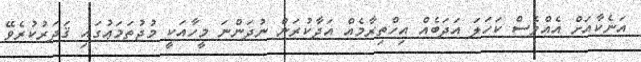
އަނެކާއަށް އެއްވެސް ކަހަލަ އަދަބެއް އިހްތިރާމެއް އަދާކުރަން ނުދަންނަ މީހާއަކީ މުޖުތަމަޢުގައި ޤަދަރުކުރެވޭ